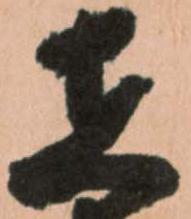
在